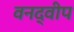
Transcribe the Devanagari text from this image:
वनद्वीप